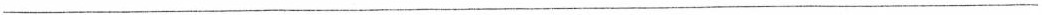
___